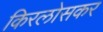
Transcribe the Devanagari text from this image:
किरलोसकर